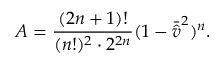
A = \frac { ( 2 n + 1 ) ! } { ( n ! ) ^ { 2 } \cdot 2 ^ { 2 n } } ( 1 - \bar { \hat { v } } ^ { 2 } ) ^ { n } .